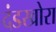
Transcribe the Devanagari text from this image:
दंडखोरा